Report of the Indian Hemp Drugs Commission, 1894-1895 - Volume V
Year: 1894
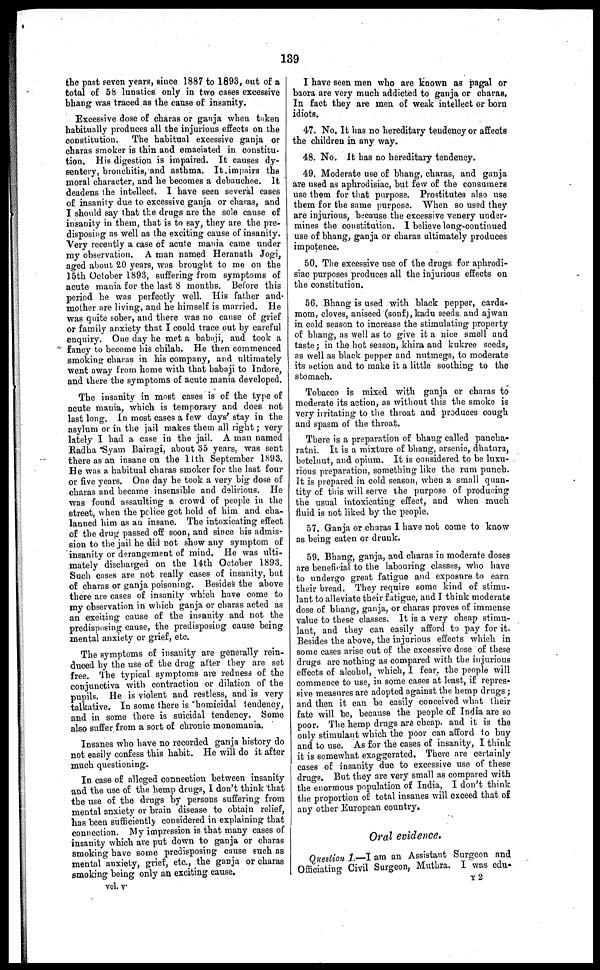
139
the past seven years, since 1887 to 1893, out of a
total of 58 lunatics only in two cases excessive
bhang was traced as the cause of insanity.
Excessive dose of charas or ganja when taken
habitually produces all the injurious effects on the
constitution. The habitual excessive ganja or
charas smoker is thin and emaciated in constitu-
tion. His digestion is impaired. It causes dy-
sentery, bronchitis, and asthma. It impairs the
moral character, and he becomes a debauchee. It
deadens the intellect. I have seen several cases
of insanity due to excessive ganja or charas, and
I should say that the drugs are the sole cause of
insanity in them, that is to say, they are the pre-
disposing as well as the exciting cause of insanity.
Very recently a case of acute mania came under
my observation. A man named Heranath Jogi,
aged about 20 years, was brought to me on the
15th October 1893, suffering from symptoms of
acute mania for the last 8 months. Before this
period he was perfectly well. His father and
mother are living, and he himself is married. He
was quite sober, and there was no cause of grief
or family anxiety that I could trace out by careful
enquiry. One day he met a babaji, and took a
fancy to become bis chilah. He then commenced
smoking charas in his company, and ultimately
went away from home with that babaji to Indore,
and there the symptoms of acute mania developed.
The insanity in most cases is of the type of
acute mania, which is temporary and does not
last long. In most cases a few days' stay in the
asylum or in the jail makes them all right; very
lately I had a case in the jail. A man named
Radha Syam Bairagi, about 35 years, was sent
there as an insane on the 11th September 1S93.
He was a habitual charas smoker for the last four
or five years. One day he took a very big dose of
charas and became insensible and delirious. He
was found assaulting a, crowd of people in the
street, when the police got hold of him and cha-
lanned him as an insane. The intoxicating effect
of the drug passed off soon, and since his admis-
sion to the jail he did not show any symptom of
insanity or derangement of mind. He was ulti-
mately discharged on the 14th October 1893.
Such cases are not really cases of insanity, but
of charas or ganja poisoning. Besides the above
there are cases of insanity which have come to
my observation in which ganja or charas acted as
an exciting cause of the insanity and not the
predisposing cause, the predisposing cause being
mental anxiety or grief, etc.
The symptoms of insanity are generally rein-
duced by the use of the drug after they are set
free. The typical symptoms are redness of the
conjunctiva with contraction or dilation of the
pupils. He is violent and restless, and is very
talkative. In some there is homicidal tendency,
and in some there is suicidal tendency. Some
also suffer from a sort of chronic monomania.
Insanes who have no recorded ganja history do
not easily confess this habit. He will do it after
much questioning.
In case of alleged connection between insanity
and the use of the hemp drugs, I don't think that
the use of the drugs by persons suffering from
mental anxiety or brain disease to obtain relief,
has been sufficiently considered in explaining that
connection. My impression is that many cases of
insanity which are put down to ganja or charas
smoking have some predisposing cause such as
mental anxiety, grief, etc., the ganja or charas
smoking being only an exciting cause.
I have seen men who are known as pagal or
baora are very much addicted to ganja or charas.
In fact they are men of weak intellect or born
idiots.
47. No. It has no hereditary tendency or affects
the children in any way.
48. No. It has no hereditary tendency.
49. Moderate use of bhang, charas, and ganja
are used as aphrodisiac, but few of the consumers
use them for that purpose. Prostitutes also use
them for the same purpose. When so used they
are injurious, because the excessive venery under-
mines the constitution. I believe long-continued
use of bhang, ganja or charas ultimately produces
impotence.
50. The excessive use of the drugs for aphrodi-
siac purposes produces all the injurious effects on
the constitution.
56. Bhang is used with black pepper, carda-
mom, cloves, aniseed (sonf), kadu seeds and ajwan
in cold season to increase the stimulating property
of bhang, as well as to give it a nice smell and
taste; in the hot season, khira and kukree seeds,
as well as black pepper and nutmegs, to moderate
its action and to make it a little soothing to the
stomach.
Tobacco is mixed with ganja or charas to
moderate its action, as without this the smoke is
very irritating to the throat and produces cough
and spasm of the throat.
There is a preparation of bhang called pancha-
ratni. It is a mixture of bhang, arsenic, dhatnra,
betelnut, and opium. It is considered to be luxu-
rious preparation, something like the rum punch.
It is prepared in cold season, when a small quan-
tity of this will serve the purpose of producing
the usual intoxicating effect, and when much
fluid is not liked by the people.
57. Ganja or charas I have not come to know
as being eaten or drunk.
59. Bhang, ganja, and charas in moderate doses
are beneficial to the labouring classes, who have
to undergo great fatigue and exposure to earn
their bread. They require some kind of stimu-
lant to alleviate their fatigue, and I think moderate
dose of bhang, ganja, or charas proves of immense
value to these classes. It is a very cheap stimu-
lant, and they can easily afford to pay for it.
Besides the above, the injurious effects which in
some cases arise out of the excessive dose of these
drugs are nothing as compared with the injurious
effects of alcohol, which, I fear, the people will
commence to use, in some cases at least, if repres-
sive measures are adopted against the hemp drugs;
and then it can be easily conceived what their
fate will be, because the people of India are so
poor. The hemp drugs are cheap, and it is the
only stimulant which the poor can afford to buy
and to use. As for the cases of insanity, I think
it is somewhat exaggerated. There are certainly
cases of insanity due to excessive use of these
drugs. But they are very small as compared with
the enormous population of India, I don't think
the proportion of total insanes will exceed that of
any other European country.
Oral evidence.
Question 1.—I am an Assistant Surgeon and
Officiating
Civil Surgeon, Muthra. I was edu-
vol. v
Y 2